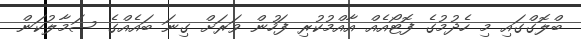
ބްލޮގްގައި މި ހެދުމުގެ ފޮޓޯއެއް އާއްމުކުރި ފަހުން ވަރަށް ގިނަ ބައެއްގެ ސަމާލުކަން